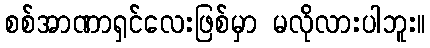
စစ်အာဏာရှင်လေးဖြစ်မှာ မလိုလားပါဘူး။